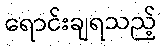
ရောင်းချရသည့်